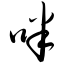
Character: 咪